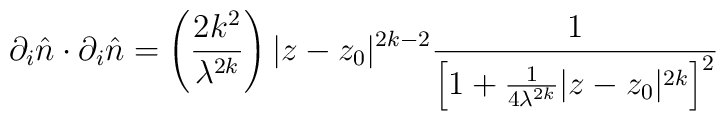
\partial _{i}\hat{n}\cdot \partial _{i}\hat{n}=\left( \frac{2 k^{2}}{\lambda ^{2k}}\right) |z -z_{0}|^{2k-2} \frac{1}{\left[1+\frac{1}{4 \lambda^{2k}}|z-z_{0}|^{2 k}\right]^{2}}